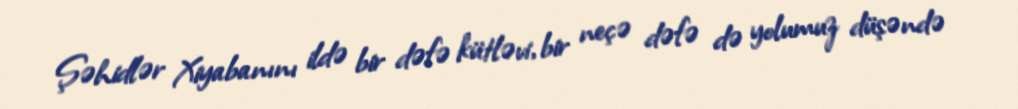
Şəhidlər Xiyabanını ildə bir dəfə kütləvi, bir neçə dəfə də yolumuz düşəndə